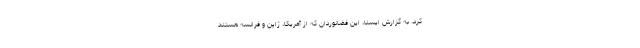
کرد. به گزارش ایسنا، این فضانوردان که از آمریکا، ژاپن و فرانسه هستند